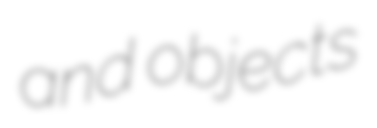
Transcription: and objects